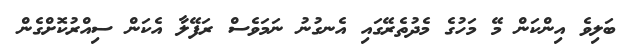
ބަލިވެ އިންކަން މޭ މަހުގެ މެދުތެރޭގައި އެނގުނު ނަމަވެސް ރަފޭލާ އެކަން ސިއްރުކޮށްގެން